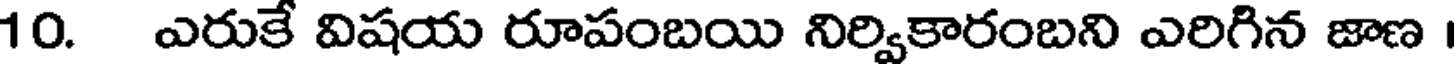
10. ఎరుకే విషయ రూపంబయి నిర్వికారంబని ఎరిగిన జాణ